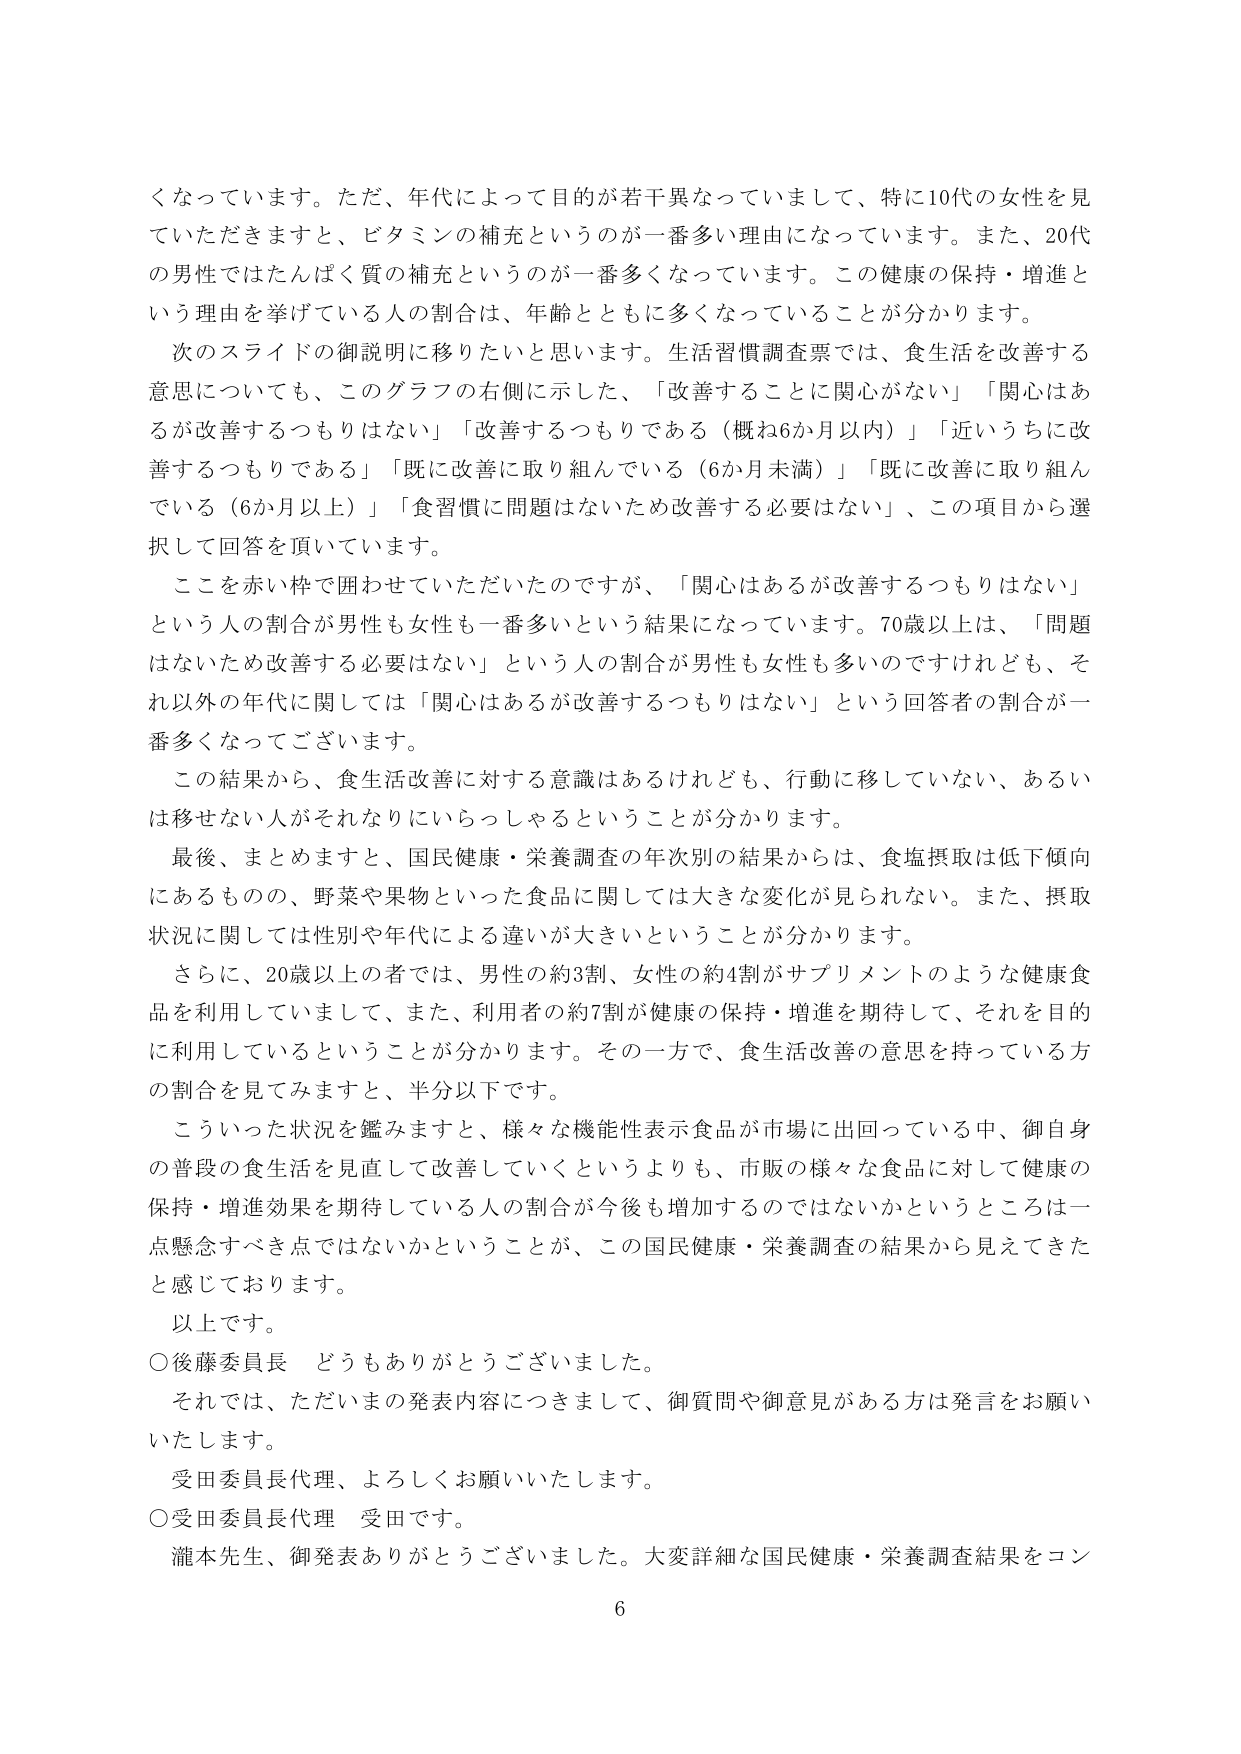
くなっています。ただ、年代によって目的が若干異なっていまして、特に10代の女性を見ていただきますと、ビタミンの補充というのが一番多い理由になっています。また、20代の男性ではたんぱく質の補充というのが一番多くなっています。この健康の保持・増進という理由を挙げている人の割合は、年齢とともに多くなっていることが分かります。

次のスライドの御説明に移りたいと思います。生活習慣調査票では、食生活を改善する意思についても、このグラフの右側に示した、「改善することに関心がない」「関心はあるが改善するつもりはない」「改善するつもりである（概ね6か月以内）」「近いうちに改善するつもりである」「既に改善に取り組んでいる（6か月未満）」「既に改善に取り組んでいる（6か月以上）」「食習慣に問題はないため改善する必要はない」、この項目から選択して回答を頂いています。

ここを赤い枠で囲わせていただいたのですが、「関心はあるが改善するつもりはない」という人の割合が男性も女性も一番多いという結果になっています。70歳以上は、「問題はないため改善する必要はない」という人の割合が男性も女性も多いのですけれども、それ以外の年代に関しては「関心はあるが改善するつもりはない」という回答者の割合が一番多くなってございます。

この結果から、食生活改善に対する意識はあるけれども、行動に移していない、あるいは移せない人がそれなりにいらっしゃるということが分かります。

最後、まとめますと、国民健康・栄養調査の年次別の結果からは、食塩摂取は低下傾向にあるものの、野菜や果物といった食品に関しては大きな変化が見られない。また、摂取状況に関しては性別や年代による違いが大きいということが分かります。

さらに、20歳以上の者では、男性の約3割、女性の約4割がサプリメントのような健康食品を利用していました、また、利用者の約7割が健康の保持・増進を期待して、それを目的に利用しているということが分かります。その一方で、食生活改善の意思を持っている方の割合を見てみますと、半分以下です。

こういった状況を鑑みますと、様々な機能性表示食品が市場に出回っている中、御自身の普段の食生活を見直して改善していくというよりも、市販の様々な食品に対して健康の保持・増進効果を期待している人の割合が今後も増加するのではないかというところは一点懸念すべき点ではないかということが、この国民健康・栄養調査の結果から見えてきたと感じております。

以上です。

○後藤委員長 どうもありがとうございました。

それでは、ただいまの発表内容につきまして、御質問や御意見がある方は発言をお願いいたします。

受田委員長代理、よろしくお願いいたします。

○受田委員長代理 受田です。

瀧本先生、御発表ありがとうございました。大変詳細な国民健康・栄養調査結果をコン

6